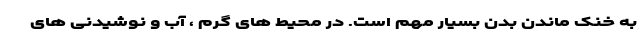
به خنک ماندن بدن بسیار مهم است. در محیط های گرم ، آب و نوشیدنی های